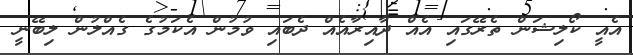
އެއީ ކޯލިޝަން ތެރޭގައި އެއް ދާއިރާއެއް ދެބައި ވުމުން އެކަމުގެ ގެއްލުން ލިބޭނީ